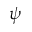
\psi